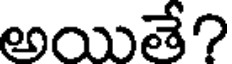
అయితే?